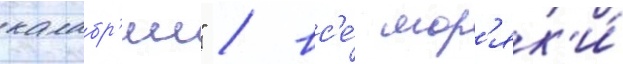
калабр'ии" / вс'е́ мор'як'и́